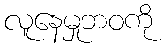
လူနေမှုဘဝကို